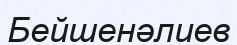
Бейшенәлиев